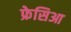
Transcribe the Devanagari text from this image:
फ्रेसिआ